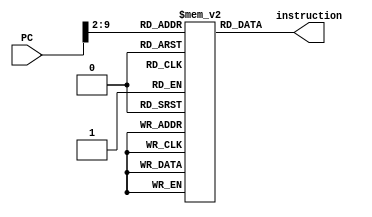
module Instruction_Memory(
    input [31:0] PC,
    output reg [31:0] instruction
);
    reg [31:0] IM [255:0];

    initial begin
        IM[0]=32'b10001100000000010000000000000100;
        IM[1]=32'b10001100000011000000000000001100;
        IM[2]=32'b10001100000000110000000000010100;
        IM[3]=32'b10001100000001000000000000011100;
        IM[4]=32'b00000000001000110010100000101010;
        IM[5]=32'b00110100101001100000001111111111;
        IM[6]=32'b00000000100011000100000000100010;
        IM[7]=32'b00001100000000000000000000001011;
        IM[8]=32'b00000000101001100011100000100110;
        IM[9]=32'b10101100000001110000000000001000;
        IM[10]=32'b00001000000000000000000000001110;
        IM[11]=32'b00110001000010010000011111111111;
        IM[12]=32'b00010000011001100000000000000001;
        IM[13]=32'b00000011111000000000000000001000;
        IM[14]=32'b00000000111010010101000000100101;
        IM[15]=32'b00000001000000010101100000101010;

        // Initialize other locations as needed
    end

    always @(PC) begin
        instruction = IM[PC >> 2]; // Divide by 4 to get the correct word address
    end
endmodule

/*  The output

# Time =                    0, PC = 00000000, Instruction = xxxxxxxx
# Time =                   15, PC = 00000000, Instruction = 00000010
# Time =                   20, PC = 00000004, Instruction = 00000010
# Time =                   35, PC = 00000004, Instruction = 00000020
# Time =                   40, PC = 00000008, Instruction = 00000020
# Time =                   55, PC = 00000008, Instruction = 00000030
# Time =                   60, PC = 0000000c, Instruction = 00000030
# Time =                   75, PC = 0000000c, Instruction = 00000040
# Time =                   80, PC = 00000010, Instruction = 00000040
# Time =                   95, PC = 00000010, Instruction = 00000050
# Time =                  100, PC = 00000014, Instruction = 00000050
# Time =                  115, PC = 00000014, Instruction = xxxxxxxx

*/